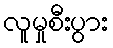
လူမှုစီးပွား